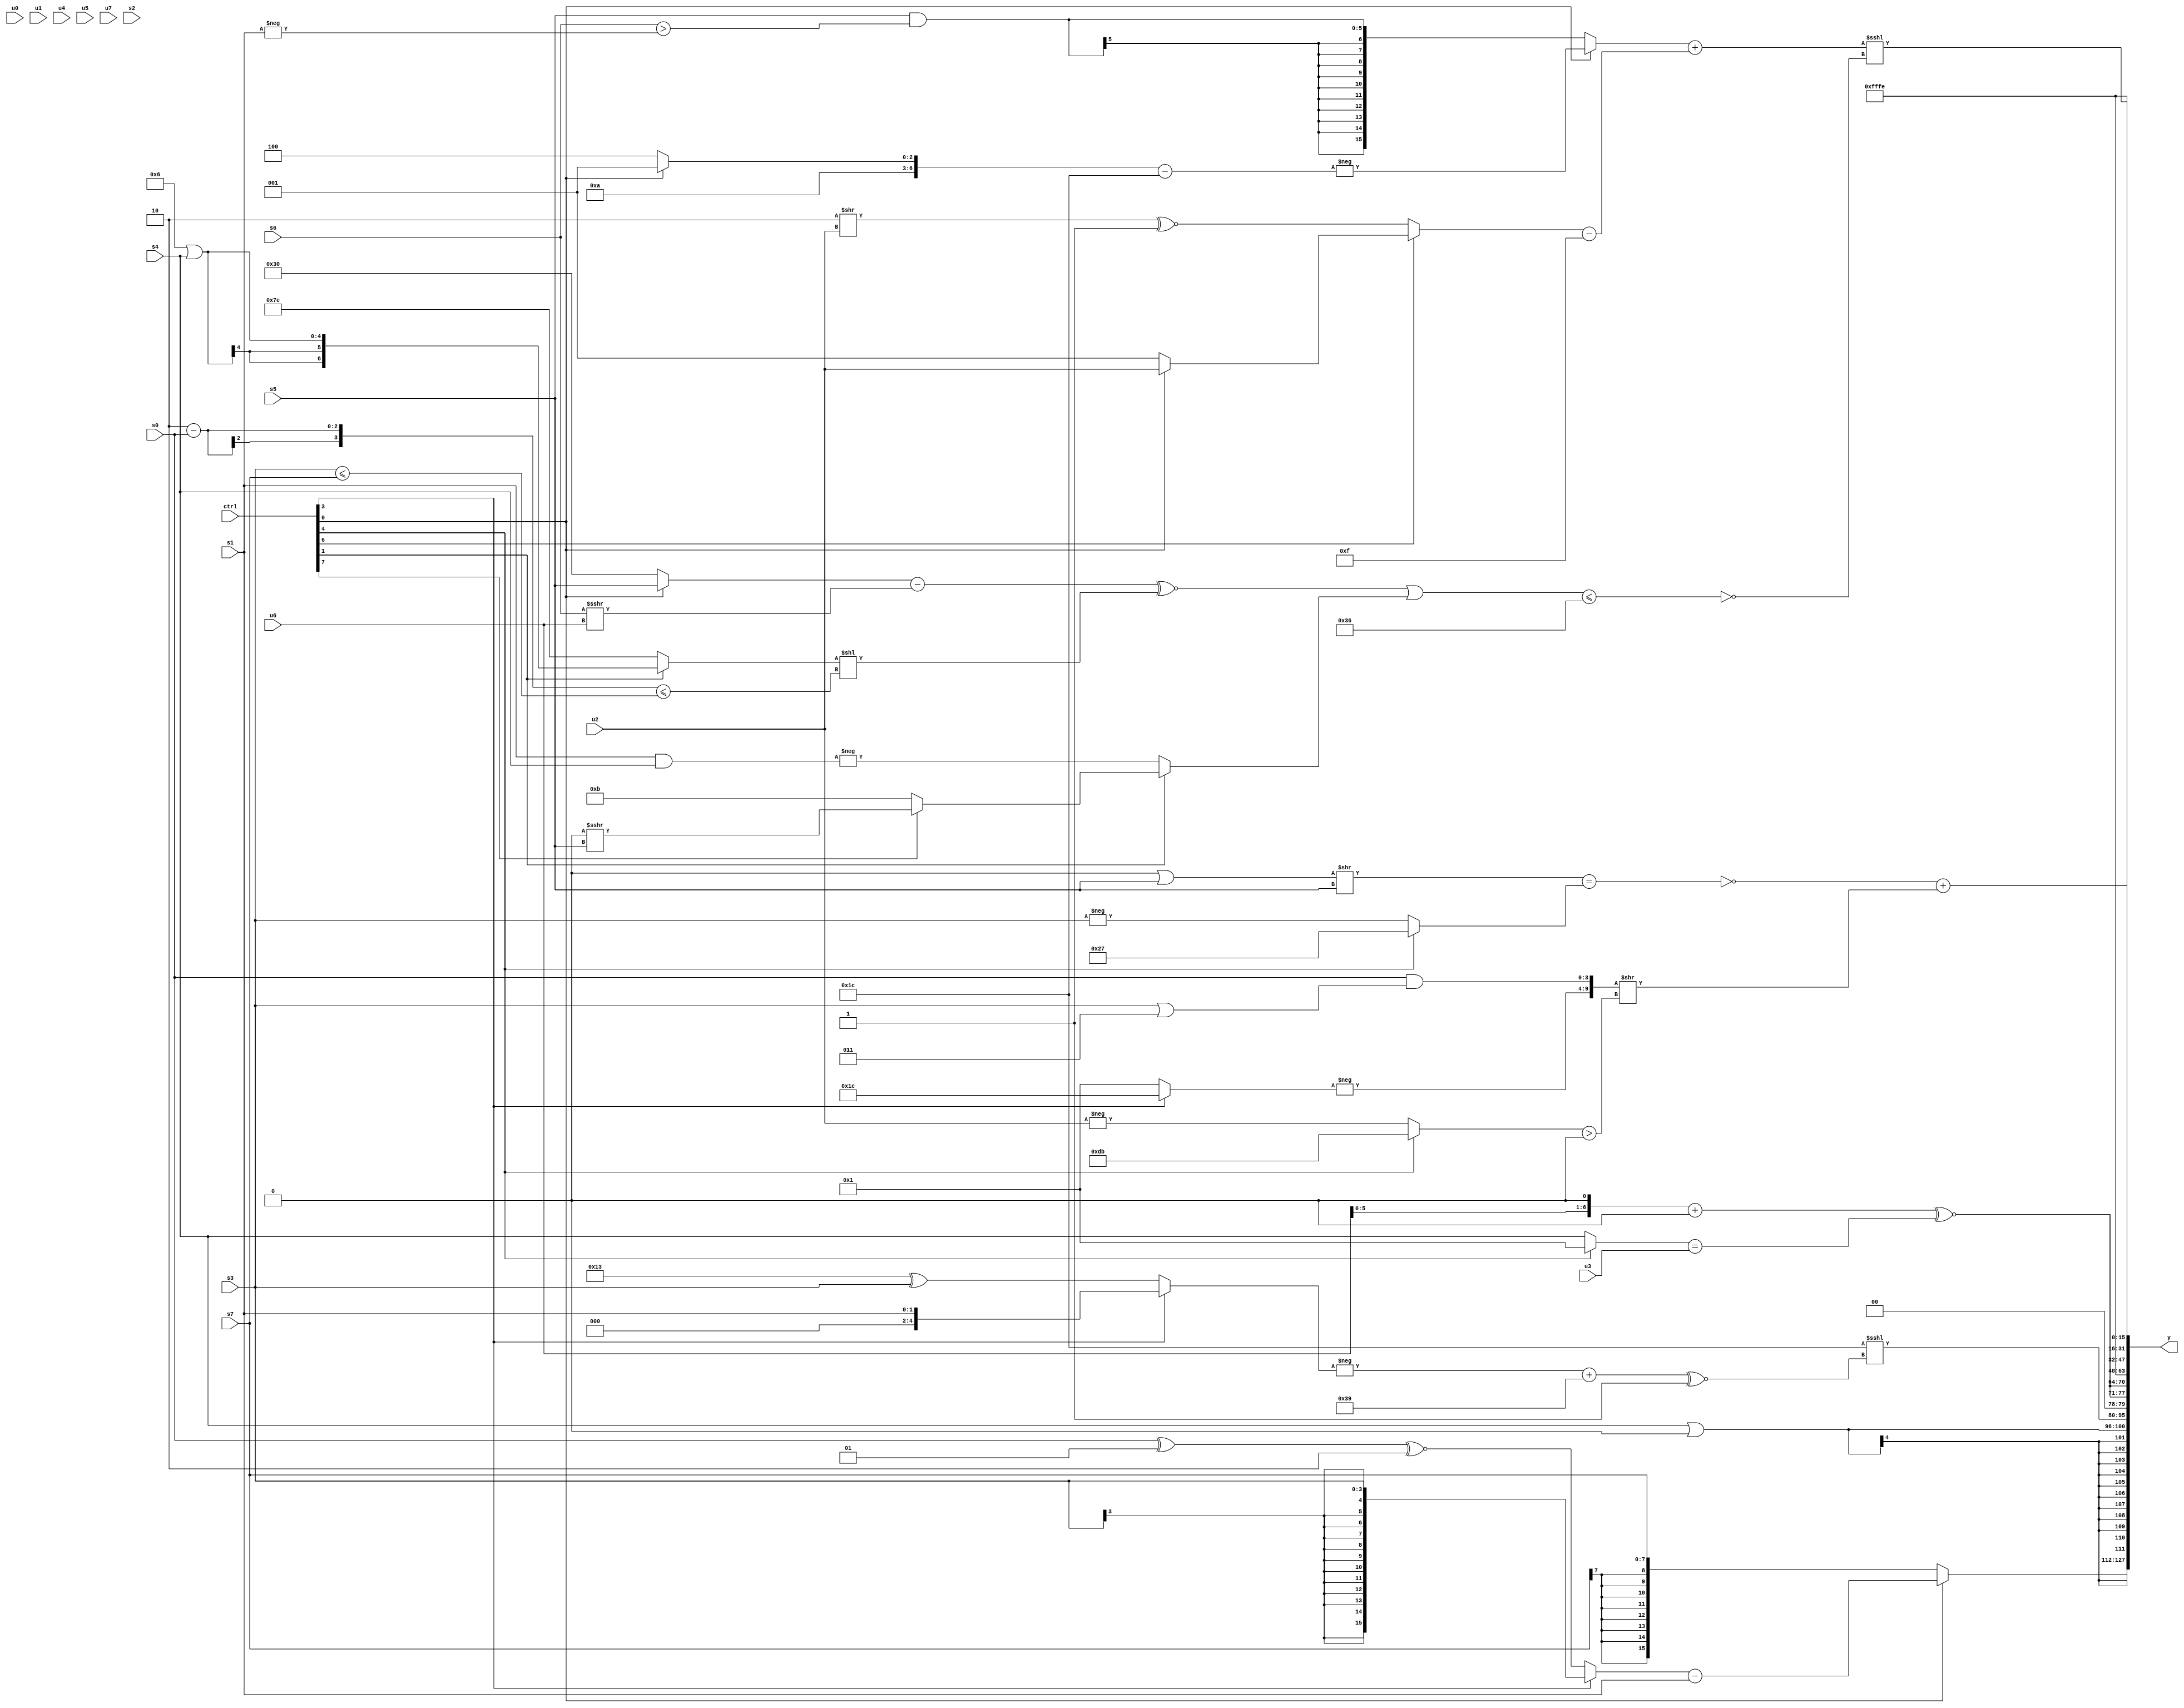
module wideexpr_00767(ctrl, u0, u1, u2, u3, u4, u5, u6, u7, s0, s1, s2, s3, s4, s5, s6, s7, y);
  input [7:0] ctrl;
  input [0:0] u0;
  input [1:0] u1;
  input [2:0] u2;
  input [3:0] u3;
  input [4:0] u4;
  input [5:0] u5;
  input [6:0] u6;
  input [7:0] u7;
  input signed [0:0] s0;
  input signed [1:0] s1;
  input signed [2:0] s2;
  input signed [3:0] s3;
  input signed [4:0] s4;
  input signed [5:0] s5;
  input signed [6:0] s6;
  input signed [7:0] s7;
  output [127:0] y;
  wire [15:0] y0;
  wire [15:0] y1;
  wire [15:0] y2;
  wire [15:0] y3;
  wire [15:0] y4;
  wire [15:0] y5;
  wire [15:0] y6;
  wire [15:0] y7;
  assign y = {y0,y1,y2,y3,y4,y5,y6,y7};
  assign y0 = (ctrl[0]?((ctrl[3]?s3:((+(s0))^(2'sb01))^~(4'sb1110)))-(s1):s7);
  assign y1 = $signed((s4)|($signed(3'sb000)));
  assign y2 = (6'sb011100)<<<(((-((ctrl[3]?{1{s1}}:(5'b10011)^(s3))))+(6'sb111001))^~(3'sb001));
  assign y3 = {2{(((u6)<<(-((+(3'sb011))|($signed(1'sb1)))))+(1'sb0))^~(((ctrl[4]?3'sb001:s4))==($signed($signed($signed(u3)))))}};
  assign y4 = 2'sb10;
  assign y5 = (~((((2'sb00)|(s5))>>($signed(s5)))==((ctrl[4]?6'sb100111:-(s3)))))+(({-((ctrl[3]?6'b011100:1'sb1)),(s0)&((s3)|(3'sb011))})>>(((ctrl[4]?{3{3'b011}}:-(u2)))>(({1{2'sb11}})>>((4'sb1111)>>>(6'sb110100)))));
  assign y6 = 3'sb110;
  assign y7 = (((ctrl[0]?-((+($signed({{1{3'sb101}},(ctrl[0]?2'b01:4'sb0100)})))-(6'sb011100)):($signed(s5))&($signed((s6)>(-(s1))))))+(($signed($unsigned((ctrl[6]?(ctrl[0]?$signed(u2):(ctrl[6]?2'sb01:$signed(s2))):($signed((2'sb10)>>(u2)))^~(1'sb1)))))-((1'sb1)>>(4'sb1100))))<<<(~((($signed(((+((ctrl[0]?s5:5'sb10000)))-((s6)>>>(+(u6))))^~(((ctrl[1]?(4'sb0110)|(s4):+(2'sb10)))<<(((4'b0010)-(s0))<=((s3)<=(s7))))))|(+((ctrl[1]?(ctrl[7]?(1'sb0)>>>(s5):4'sb1011):-($unsigned((s1)&(s4)))))))<=(6'sb110110)));
endmodule